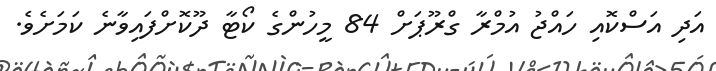
އަދި އަސްކޮއި ހައްޖު އުމްރާ ގްރޫޕަށް 84 މީހުންގެ ކޯޓާ ދޫކޮށްފައިވާނެ ކަމަށެވެ.